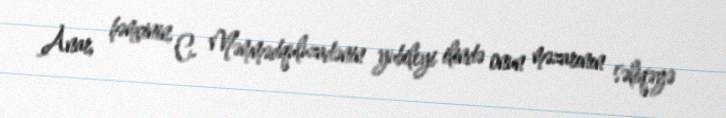
Anar, həmçinin, C. Məmmədquluzadənin yubileyi ilində onun məzarının səliqəyə